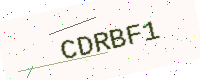
Text: CDRBF1